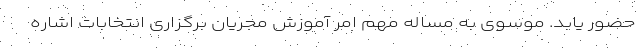
حضور یابد. موسوی به مساله مهم امر آموزش مجریان برگزاری انتخابات اشاره